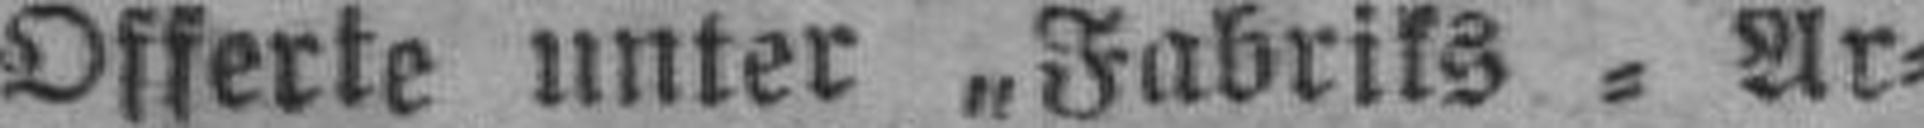
Offerte unter „Fabriks = Ar¬